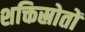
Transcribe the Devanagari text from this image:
शक्तिस्रोतों